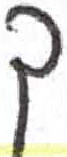
אות: ך